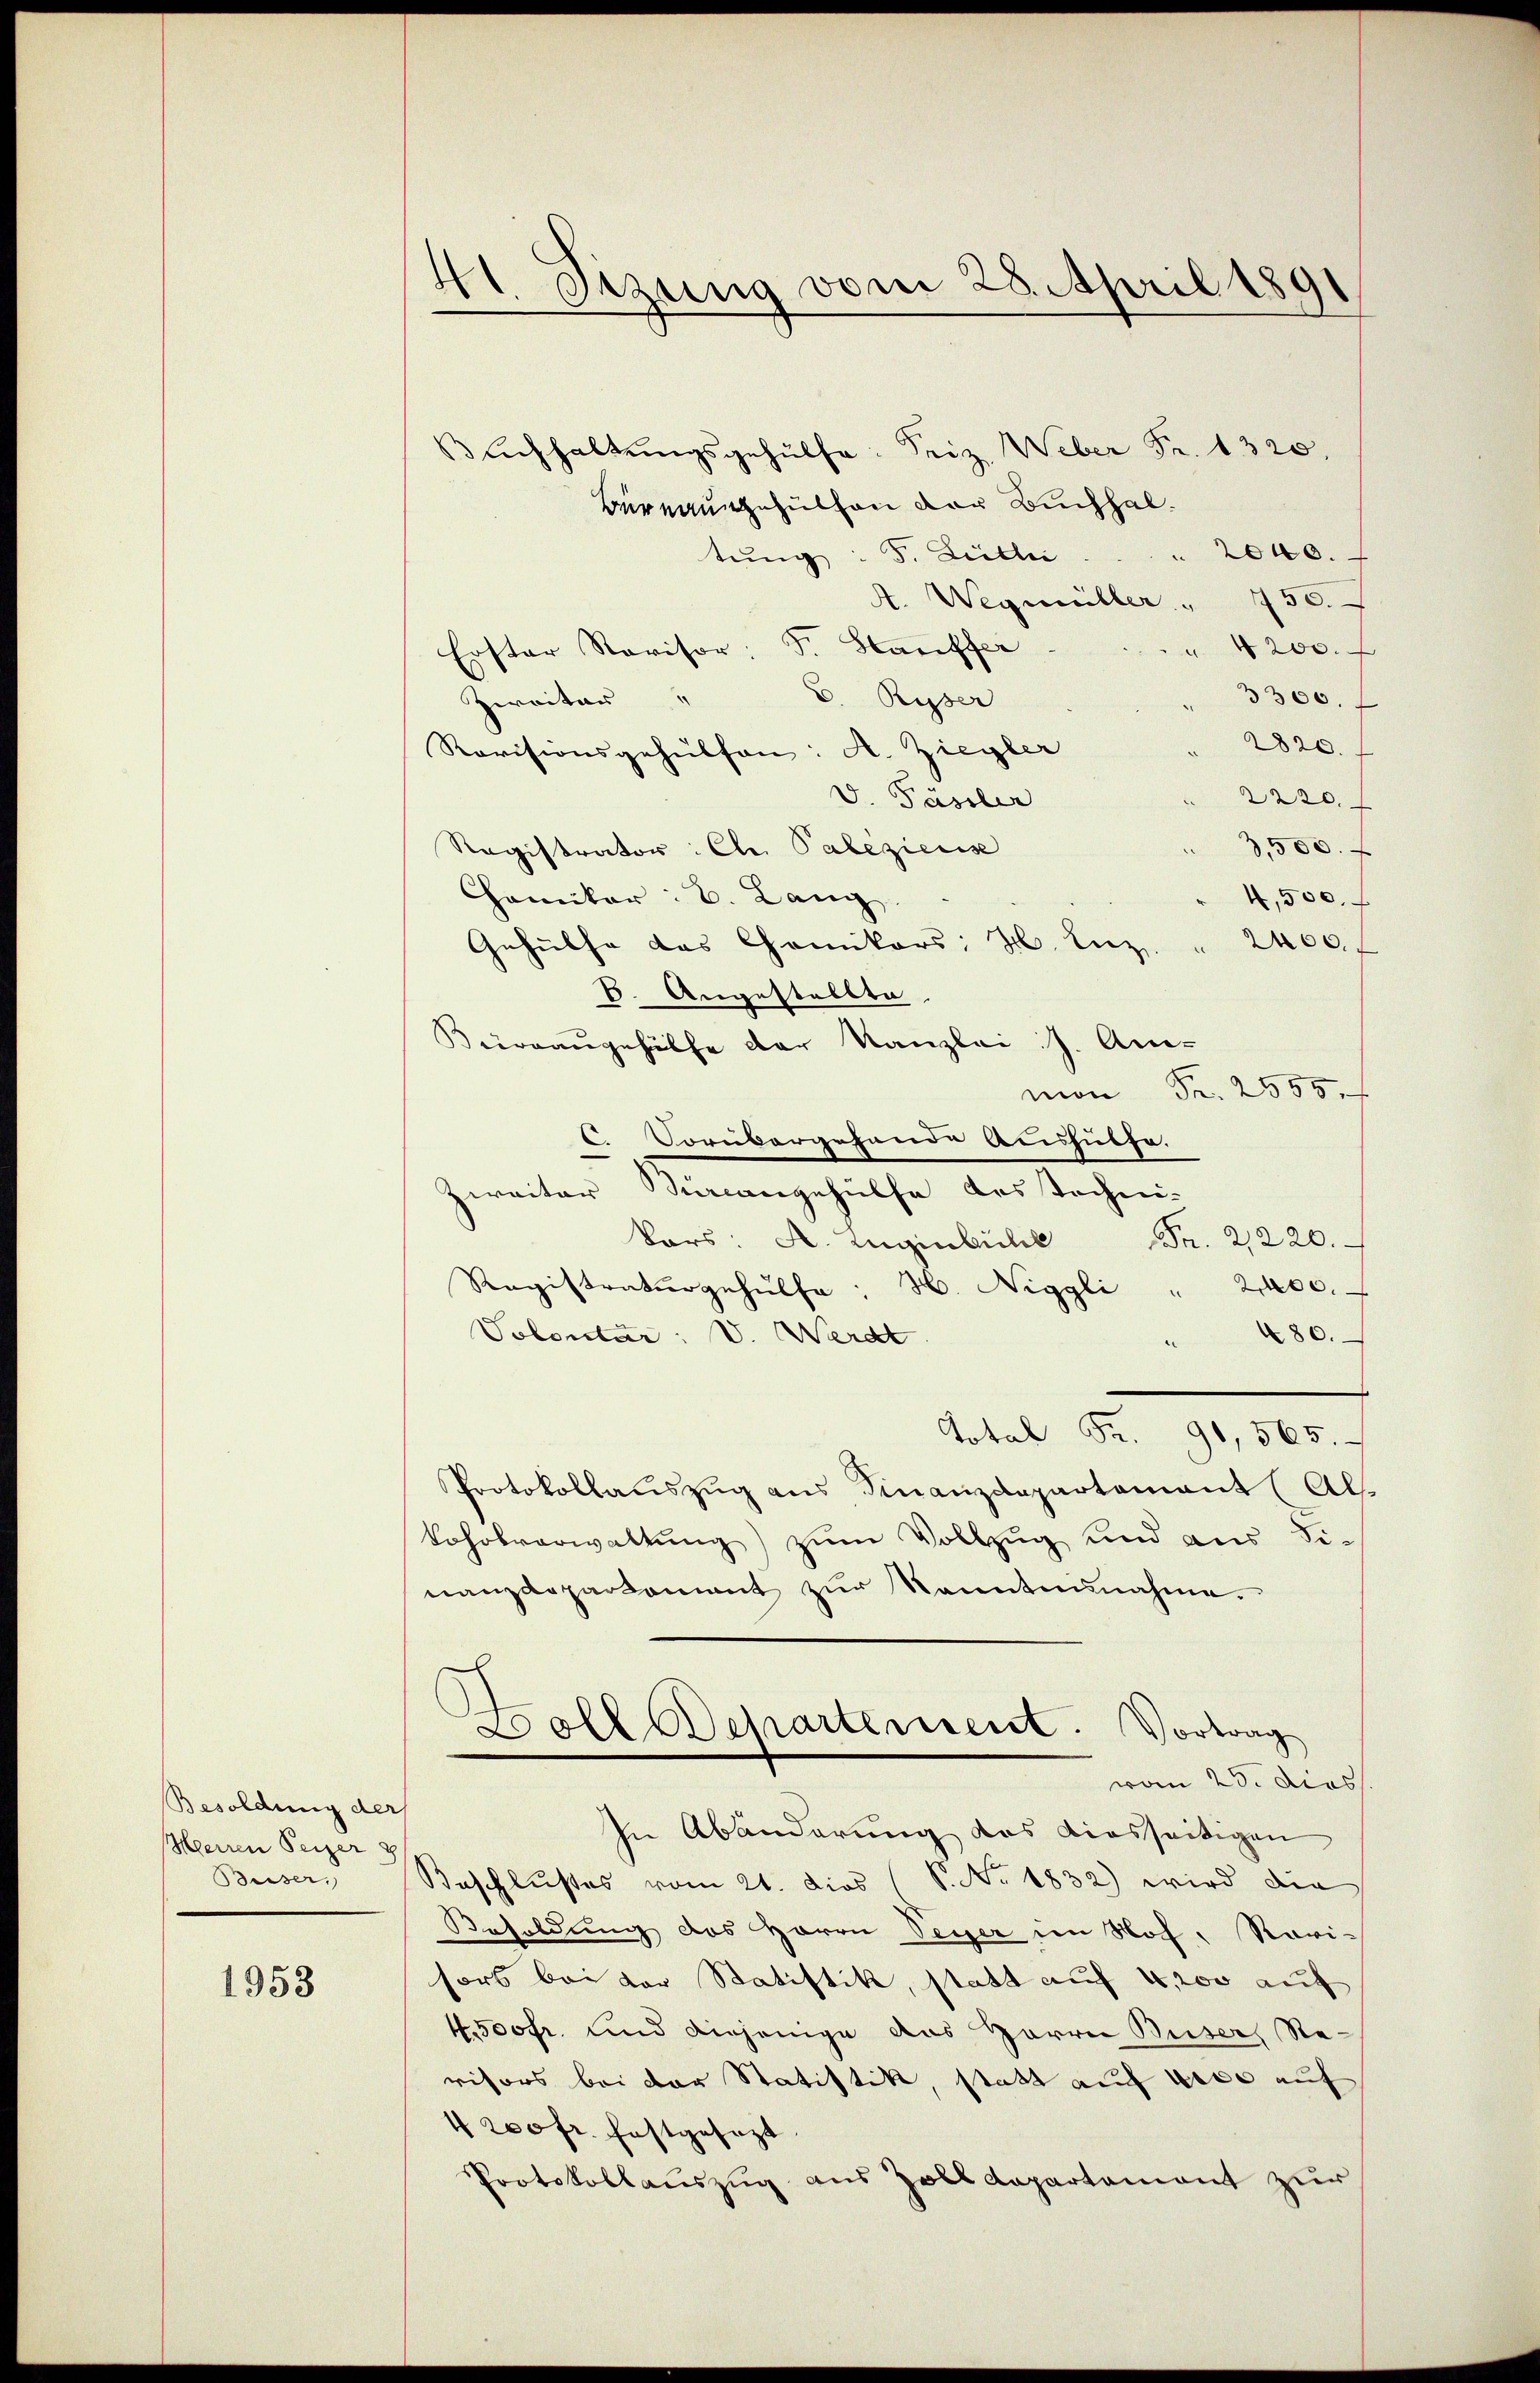
Besoldung der
Herren Peizer 8
Buser,

1953

41. Sizung vom 28. April 1891

Buchhaltungsgehülfe. Friz Weber Fr. 1320,
Bureausgehülfen der Buchhal¬
2000.
tung: F. Billi
A. Wegmüller " 750.
" 4200.
Erster Revisor: F. Stauffer
3300.
C. Russer
Zweiter "
 2820.
Ravisionsgehülfen: A. Ziegler
2220
V. Pässler
3,500 x
Registrator: Ctr. Paleziers
Hamiker: C. Lang
4,500.
Gehülfe das Chemikers H. Enz " 2400
6. Augestellte,
Kürrangehülfe der Kanzlei J. An-
mon Fr. 2555. f
Vorübergehande Aushülfe.
Zweiter Burcangehülfe des Tochni-
Vors: A. Eugenbüche Fr. 2220.
Registraturgehülfe: H. Niggli " 2400.
Volontär: V. Werdt
" 480.
Total Fr. 91,565.
Protokollauszug aus Finanzdepartament (Als
zum Vollzug und aus Si¬
Lohrsverwaltung
nanzdepartament zŭr Kenntnŭnahme.
h
.
Boll Departement. Vortrag
von 25. dies
In Abänderung das diesseitigen
Beschlußes vom 21. dies (S. No. 1832) wird die
Besoldung des Herrn Peyer im Hof, Rarisors bei der Statistik, statt auf 4,200 auf
4.500fr. und diejenige aus Herrn Buser Re-
visors bei der Statistik, statt auf dere auf
4 200 fr. festgesezt.
Protokollauszug aus Zolldepartement zur